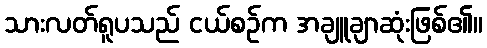
သားလတ်ရူပသည် ငယ်စဉ်က အချူချာဆုံးဖြစ်၏။